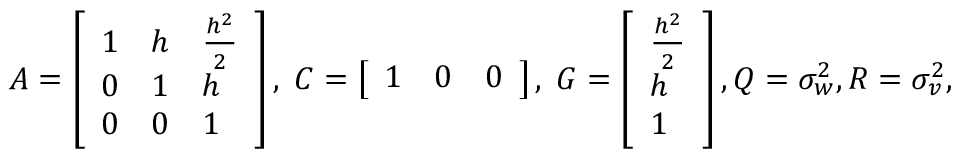
\begin{array} { r } { A = \left[ \begin{array} { l l l } { 1 } & { h } & { \frac { h ^ { 2 } } { 2 } } \\ { 0 } & { 1 } & { h } \\ { 0 } & { 0 } & { 1 } \end{array} \right] , \; C = \left[ \begin{array} { l l l } { 1 } & { 0 } & { 0 } \end{array} \right] , \; G = \left[ \begin{array} { l } { \frac { h ^ { 2 } } { 2 } } \\ { h } \\ { 1 } \end{array} \right] , Q = \sigma _ { w } ^ { 2 } , R = \sigma _ { v } ^ { 2 } , } \end{array}